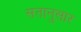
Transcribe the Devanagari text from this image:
सतानुसार